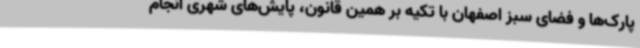
پارک‌ها و فضای سبز اصفهان با تکیه بر همین قانون، پایش‌های شهری انجام